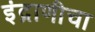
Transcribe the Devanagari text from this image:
इंद्राणीचा